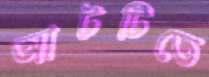
আটটিতে